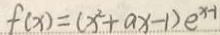
f ( x ) = ( x ^ { 2 } + a x - 1 ) e ^ { x - 1 }